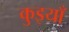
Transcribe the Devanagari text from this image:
कुइयाँ